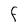
Character: F